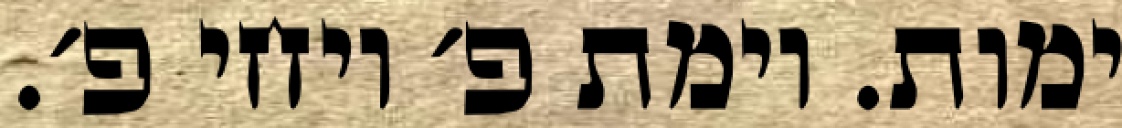
ימות. וימת פ׳ ויחי פ׳.